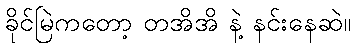
ခိုင်မြဲကတော့ တအိအိ နဲ့ နင်းနေဆဲ။